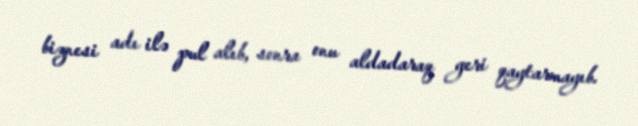
biznesi adı ilə pul alıb, sonra onu aldadaraq geri qaytarmayıb.